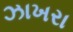
ઝાખરા